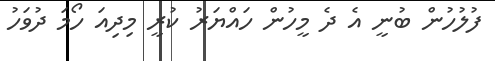
ފުލުހުން ބުނީ އެ ދެ މީހުން ހައްޔަރު ކުރީ މިދިއަ ހޯމަ ދުވަހު